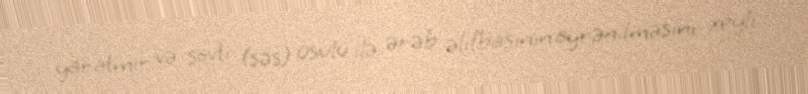
yaratmır və sövti (səs) üsulu ilə ərəb əlifbasının öyrənilməsini xeyli